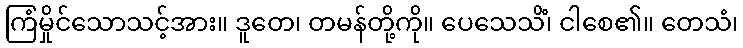
ကြံမှိုင်သောသင့်အား။ ဒူတေ၊ တမန်တို့ကို။ ပေသေသိံ၊ ငါစေ၏။ တေသံ၊